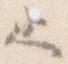
と